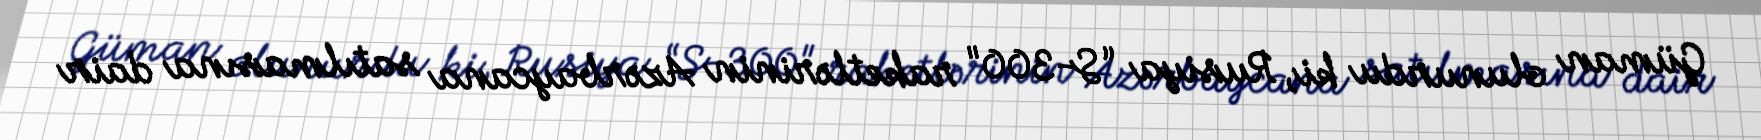
Güman olunurdu ki, Rusiya “S-300" raketlərinin Azərbaycana satılmasına dair